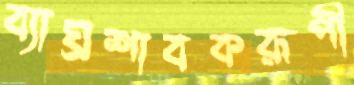
ব্যাঘ্রশাবকরূপী